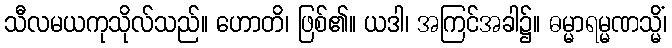
သီလမယကုသိုလ်သည်။ ဟောတိ၊ ဖြစ်၏။ ယဒါ၊ အကြင်အခါ၌။ ဓမ္မာရမ္မဏသ္မိံ၊